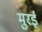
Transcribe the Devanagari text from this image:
मुरई